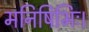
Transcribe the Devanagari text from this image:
मनिषिभिः।